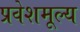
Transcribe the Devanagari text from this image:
प्रवेशमूल्य